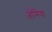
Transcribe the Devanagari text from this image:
ओमिया